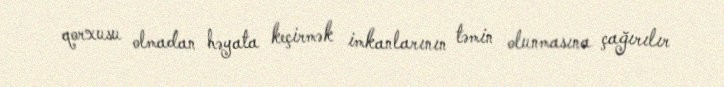
qorxusu olmadan həyata keçirmək imkanlarının təmin olunmasına çağırılır